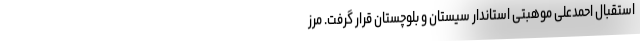
استقبال احمدعلی موهبتی استاندار سیستان و بلوچستان قرار گرفت. مرز